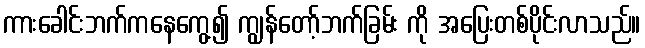
ကားခေါင်းဘက်ကနေကွေ့၍ ကျွန်တော့်ဘက်ခြမ်း ကို အပြေးတစ်ပိုင်းလာသည်။